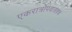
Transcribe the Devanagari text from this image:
एकरात्रोपवासश्च